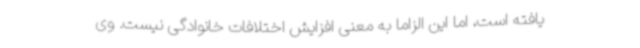
یافته است، اما این الزاما به معنی افزایش اختلافات خانوادگی نیست. وی